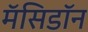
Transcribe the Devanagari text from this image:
मॅसिडॉन